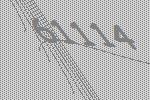
61114